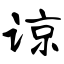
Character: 谅